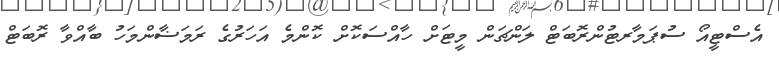
އެސްޓީއޯ ސުޕަމާރޓުންރޮބަޓް ލަންޗަން މީޓަށް ހާއްސަކޮށް ކޮންމެ އަހަރުގެ ރަމަޟާންމަހު ބާއްވާ ރޮބަޓް